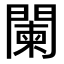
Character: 闌